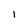
Character: I